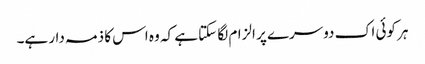
ہر کوئی اک دوسرے پر الزام لگا سکتا ہے کہ وہ اس کا ذمہ دار ہے۔